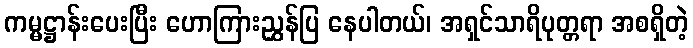
ကမ္မဋ္ဌာန်းပေးပြီး ဟောကြားညွှန်ပြ နေပါတယ်၊ အရှင်သာရိပုတ္တရာ အစရှိတဲ့